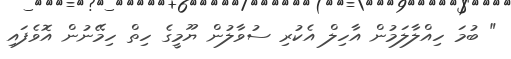
" ބުމަ ހިއްލާލަމުން އާހިލް އެކުރި ސުވާލުން ޔޫމީގެ ހިތް ހިމޭނުން އޮވެފައި